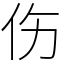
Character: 伤